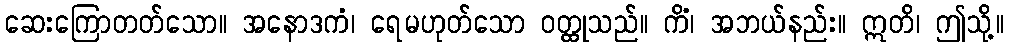
ဆေးကြောတတ်သော။ အနောဒကံ၊ ရေမဟုတ်သော ဝတ္ထုသည်။ ကိံ၊ အဘယ်နည်း။ ဣတိ၊ ဤသို့။